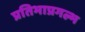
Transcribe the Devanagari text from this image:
प्रतिभाप्रगल्भ